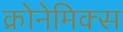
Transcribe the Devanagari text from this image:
क्रोनेमिक्स